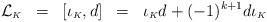
LaTeX: \begin{align*}{\cal L}_{\scriptscriptstyle K}\;\;=\;\;[\iota_{\scriptscriptstyle K},d]\;\;=\;\;\iota_{\scriptscriptstyle K}d+(-1)^{k+1}d\iota_{\scriptscriptstyle K}\end{align*}